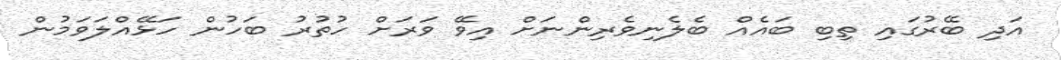
އަދި ބޭރުގައި ތިބި ބައެއް ބެލެނިވެރިންނަށް އިވޭ ވަރަށް ހުތުރު ބަހުން ހަޅޭއްލަވަމުން